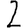
Digit: 2